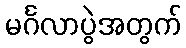
မင်္ဂလာပွဲအတွက်